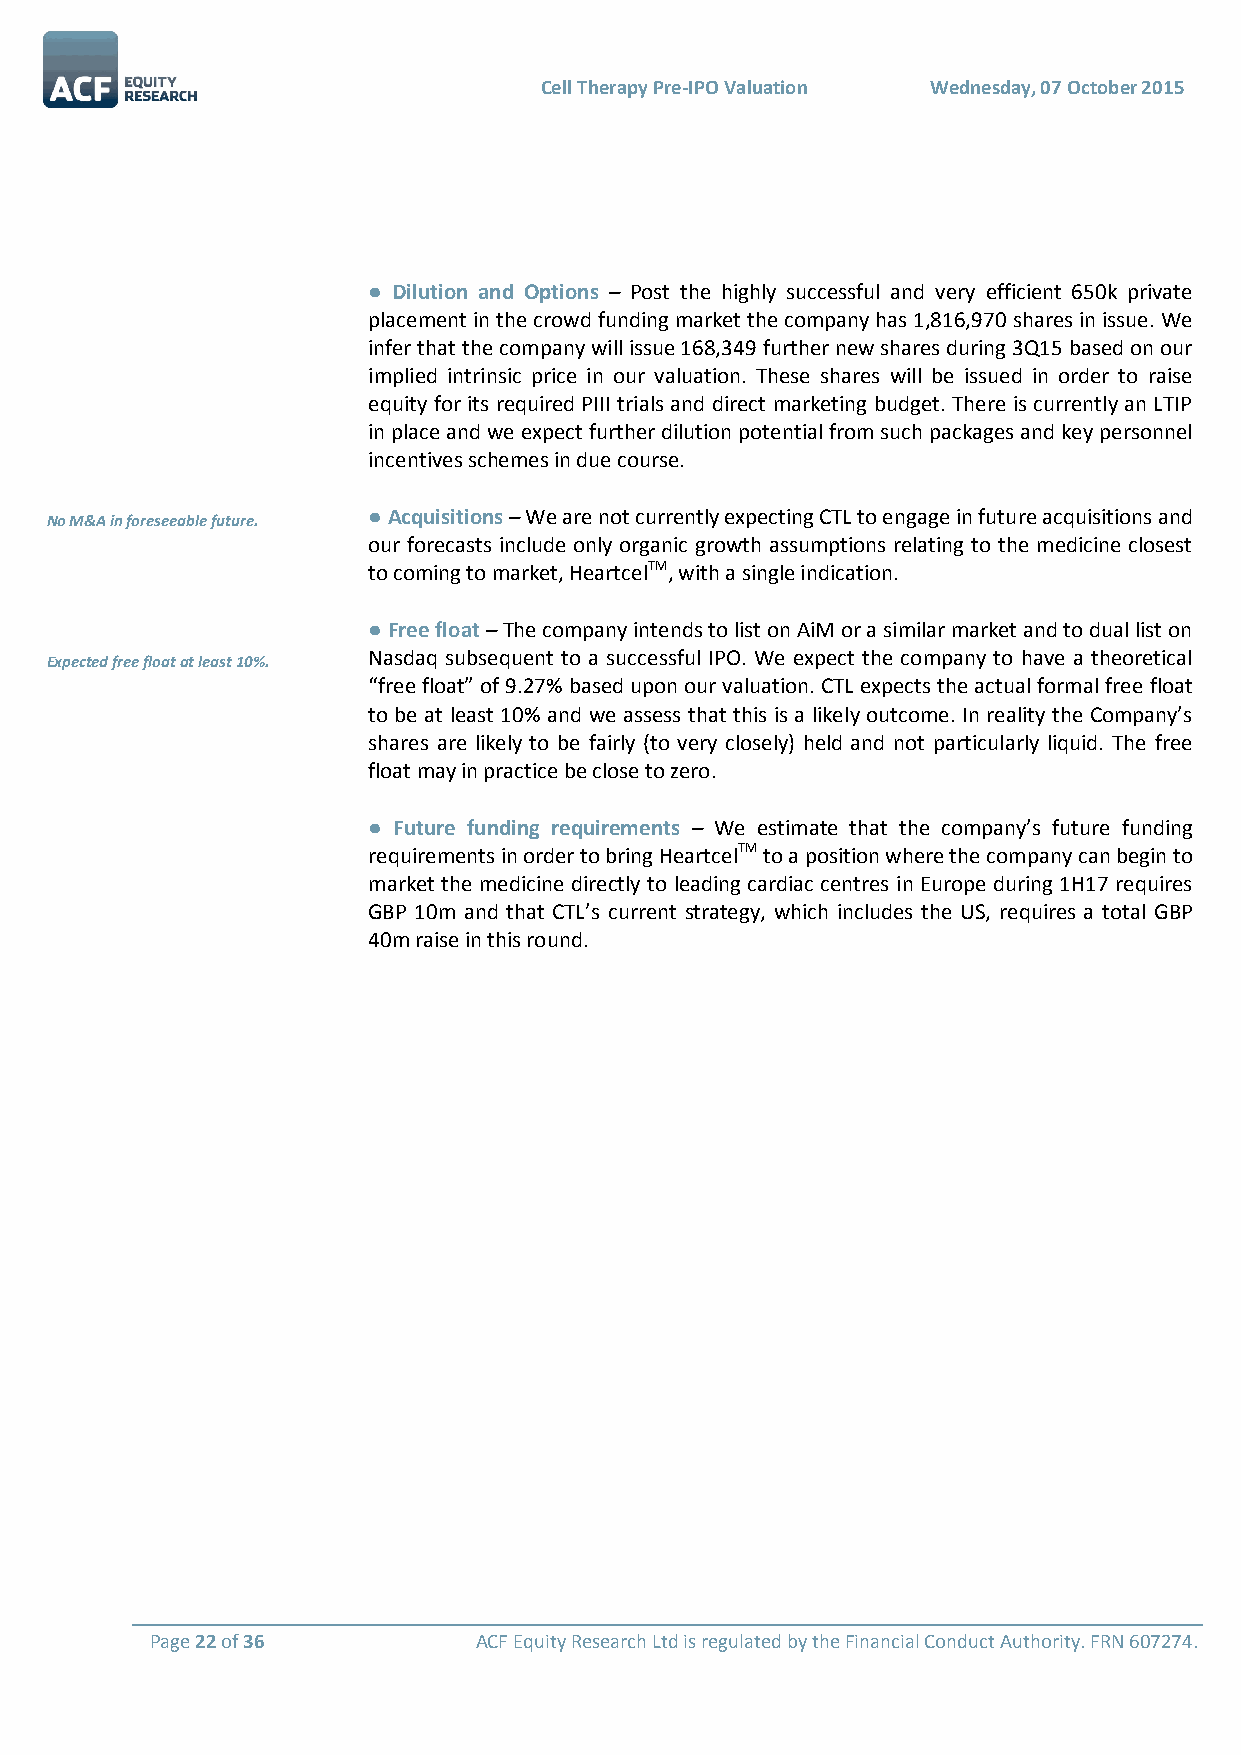
Cell Therapy Pre-IPO Valuation Wednesday, 07 October 2015
 ● Dilution and Options – Post the highly successful and very efficient 650k private
 placement in the crowd funding market the company has 1,816,970 shares in issue. We
 infer that the company will issue 168,349 further new shares during 3Q15 based on our
 implied intrinsic price in our valuation. These shares will be issued in order to raise
 equity for its required PIII trials and direct marketing budget. There is currently an LTIP
 in place and we expect further dilution potential from such packages and key personnel
 incentives schemes in due course.
 ● Acquisitions – We are not currently expecting CTL to engage in future acquisitions and
 No M&A in foreseeable future.
 our forecasts include only organic growth assumptions relating to the medicine closest
 to coming to market, HeartcelTM, with a single indication.
 ● Free float – The company intends to list on AiM or a similar market and to dual list on
 Expected free float at least 10%. Nasdaq subsequent to a successful IPO. We expect the company to have a theoretical
 “free float” of 9.27% based upon our valuation. CTL expects the actual formal free float
 to be at least 10% and we assess that this is a likely outcome. In reality the Company’s
 shares are likely to be fairly (to very closely) held and not particularly liquid. The free
 float may in practice be close to zero.
 ● Future funding requirements – We estimate that the company’s future funding
 requirements in order to bring HeartcelTM to a position where the company can begin to
 market the medicine directly to leading cardiac centres in Europe during 1H17 requires
 GBP 10m and that CTL’s current strategy, which includes the US, requires a total GBP
 40m raise in this round.
 
 Page 22 of 36        ACF Equity Research Ltd is regulated by the Financial Conduct Authority. FRN 607274.